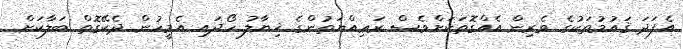
އެފަދަ ޤައުމުތަކުގެ ވެރިން އެއްގޮތަކަށްވެސް ރަޢިއްޔަތުންގެ ޚިޔާލު ހޯދައި އެމީހުން ދެކޭގޮތް ބަލާކަށް